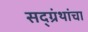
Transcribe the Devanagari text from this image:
सद्ग्रंथांचा